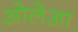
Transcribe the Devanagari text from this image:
ओलेआ